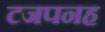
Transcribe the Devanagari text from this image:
टजपनह